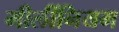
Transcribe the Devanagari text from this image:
मीलींनियम